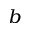
^ { b }